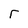
Character: r